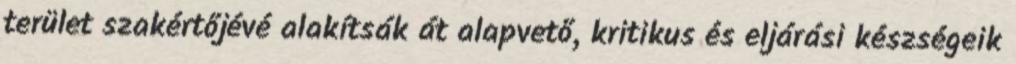
terület szakértőjévé alakítsák át alapvető, kritikus és eljárási készségeik